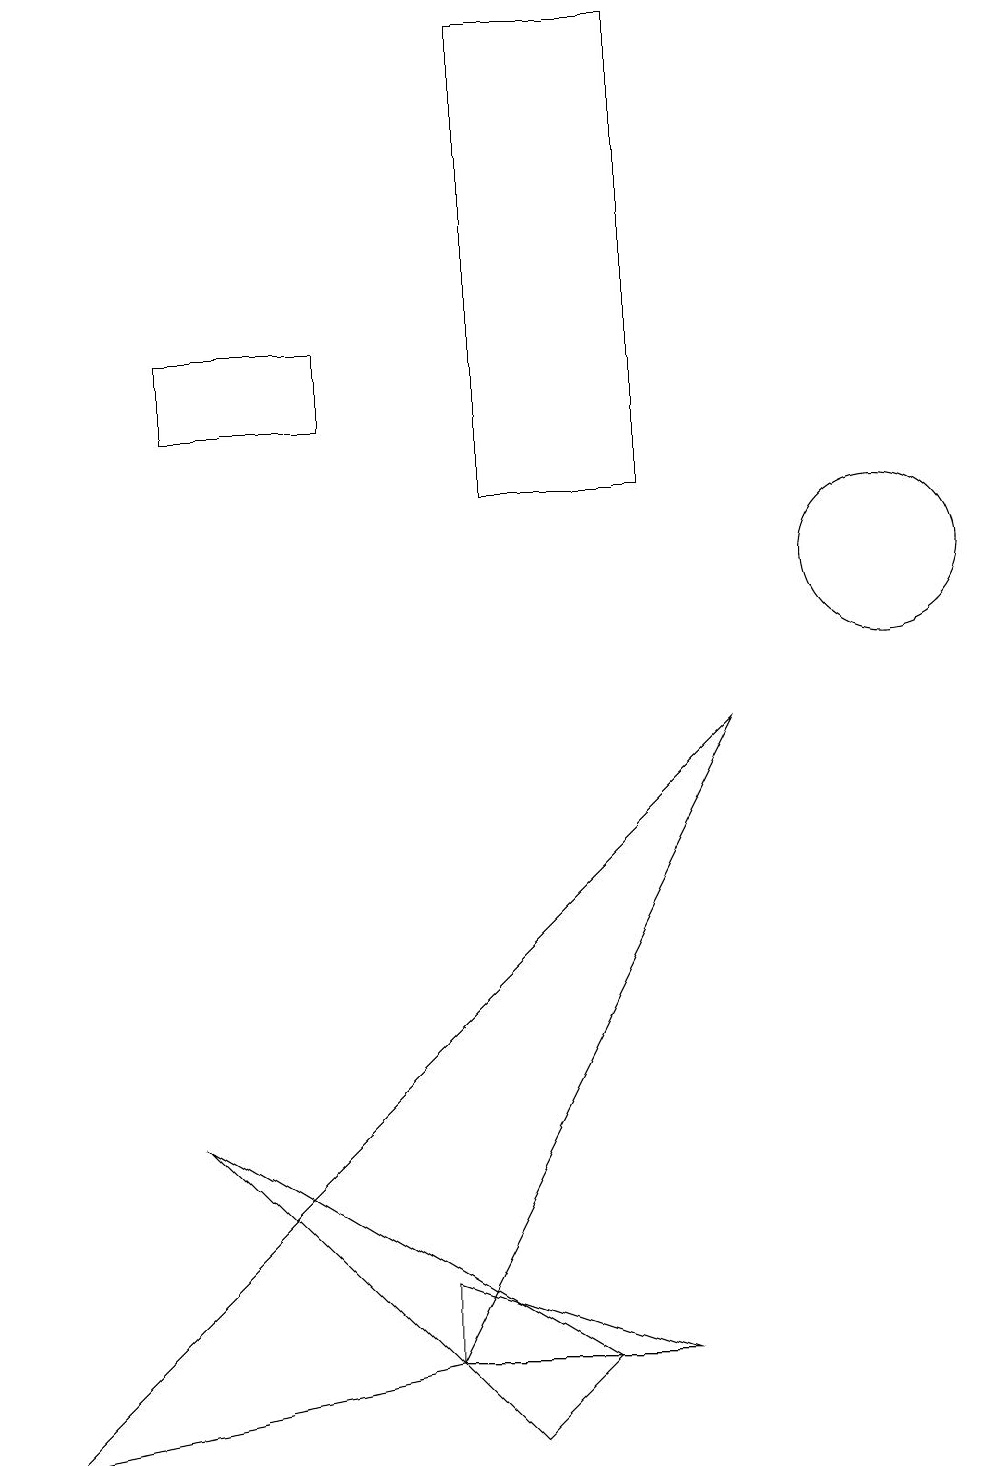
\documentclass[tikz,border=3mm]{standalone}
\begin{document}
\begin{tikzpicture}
\draw (2,4) -- (7,1) -- (6,0) -- cycle;
\draw (2,14) rectangle (4,13);
\draw (5,2) -- (5,1) -- (8,1) -- cycle;
\draw (11,11) circle (1);
\draw (8,18) rectangle (6,12);
\draw (0,0) -- (5,1) -- (9,9) -- cycle;
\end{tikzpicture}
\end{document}